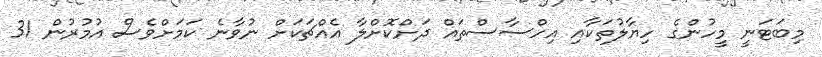
މިބަޓަނީ މީހުންގެ ހިޔާލުތަކާއި އިހްސާސްތައް ދަށްކޮށްލާ އެއްޗަކަށް ނުވާނެ ކަމަށްވެސް އުމުރުން 31